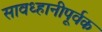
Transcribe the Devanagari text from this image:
सावध्हानीपूर्वक